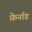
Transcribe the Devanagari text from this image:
फ़ेर्नाड